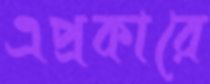
এপ্রকারে